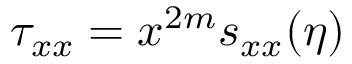
\tau _ { x x } = x ^ { 2 m } s _ { x x } ( \eta )